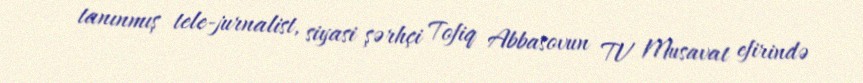
tanınmış tele-jurnalist, siyasi şərhçi Tofiq Abbasovun TV Musavat efirində